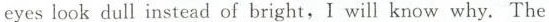
eyes look dull instead of bright, I will know why. The